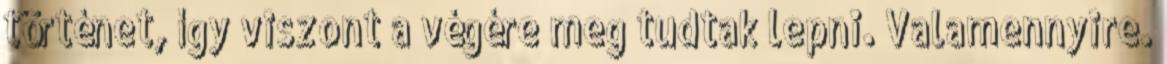
történet, így viszont a végére meg tudtak lepni. Valamennyire.